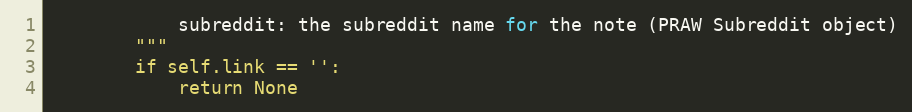
Language: Python
            subreddit: the subreddit name for the note (PRAW Subreddit object)
        """
        if self.link == '':
            return None